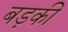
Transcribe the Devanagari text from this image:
बड़की